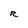
Character: R